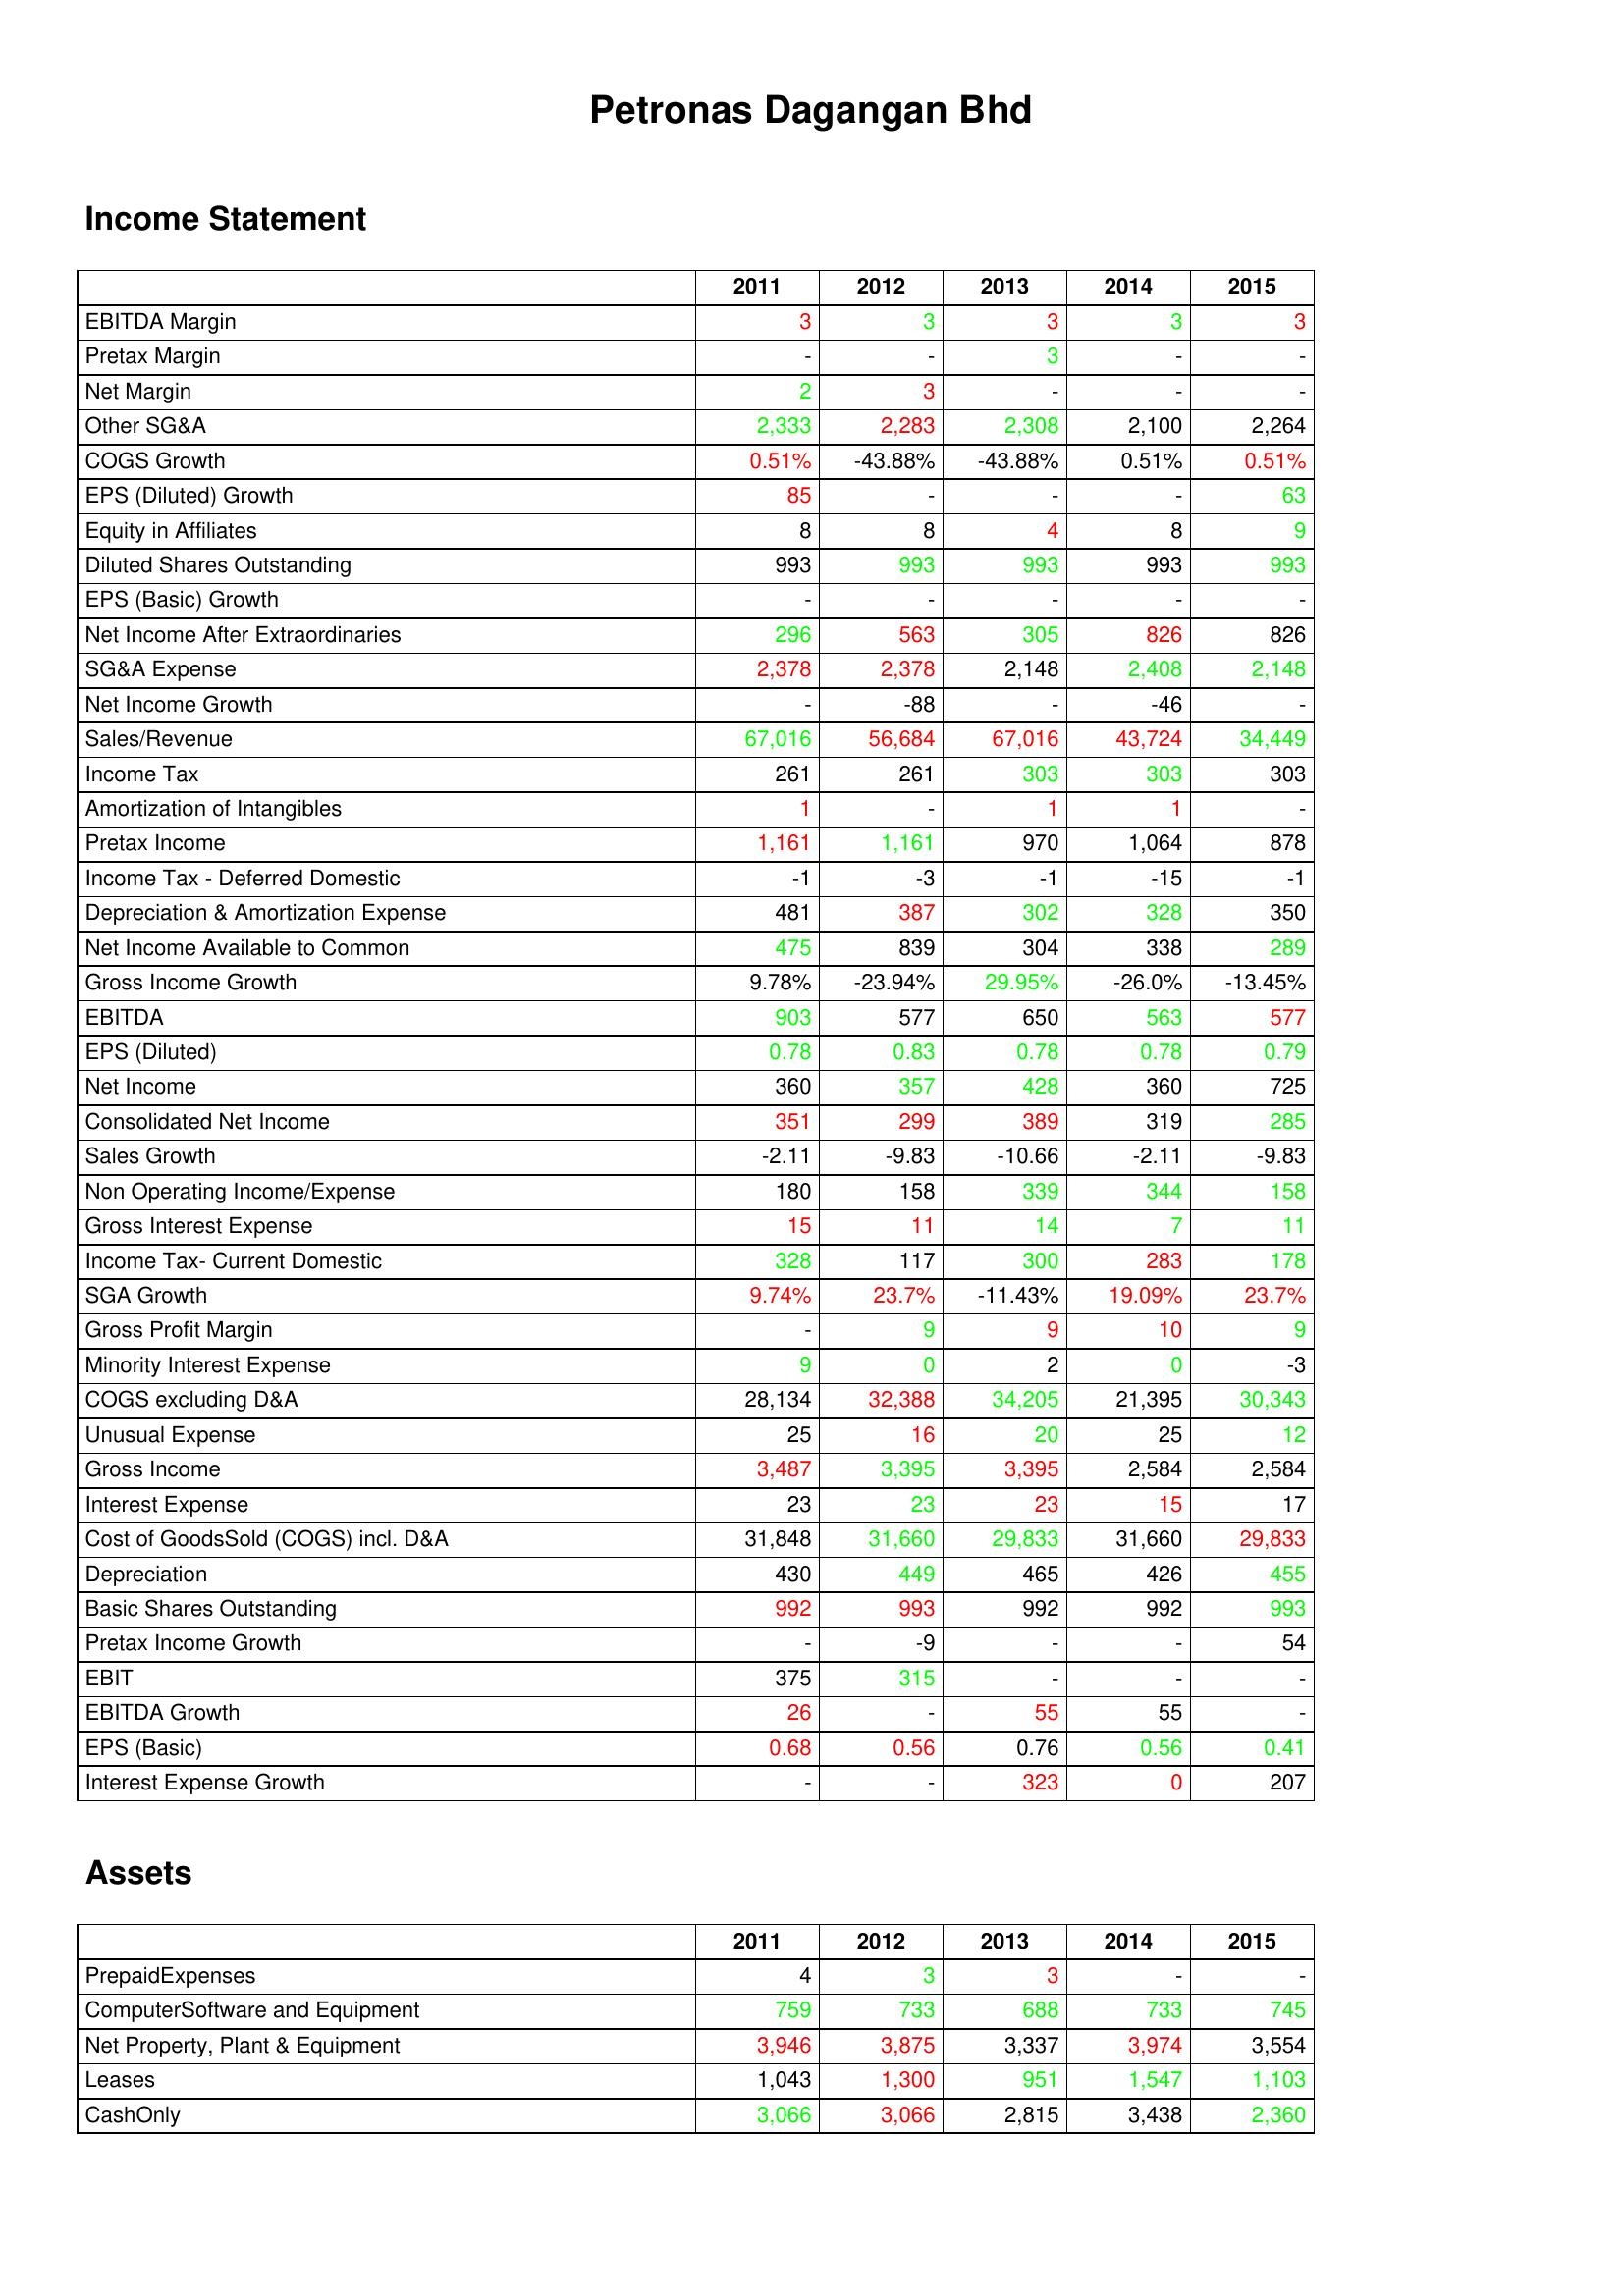
gt_parse: 2011: Income Statement: EBITDA Margin: 3
Pretax Margin: -
Net Margin: 2
Other SG&A: 2,333
COGS Growth: 0.51%
EPS (Diluted) Growth: 85
Equity in Affiliates: 8
Diluted Shares Outstanding: 993
EPS (Basic) Growth: -
Net Income After Extraordinaries: 296
SG&A Expense: 2,378
Net Income Growth: -
Sales/Revenue: 67,016
Income Tax: 261
Amortization of Intangibles: 1
Pretax Income: 1,161
Income Tax - Deferred Domestic: -1
Depreciation & Amortization Expense: 481
Net Income Available to Common: 475
Gross Income Growth: 9.78%
EBITDA: 903
EPS (Diluted): 0.78
Net Income: 360
Consolidated Net Income: 351
Sales Growth: -2.11
Non Operating Income/Expense: 180
Gross Interest Expense: 15
Income Tax- Current Domestic: 328
SGA Growth: 9.74%
Gross Profit Margin: -
Minority Interest Expense: 9
COGS excluding D&A: 28,134
Unusual Expense: 25
Gross Income: 3,487
Interest Expense: 23
Cost of GoodsSold (COGS) incl. D&A: 31,848
Depreciation: 430
Basic Shares Outstanding: 992
Pretax Income Growth: -
EBIT: 375
EBITDA Growth: 26
EPS (Basic): 0.68
Interest Expense Growth: -
Assets: PrepaidExpenses: 4
ComputerSoftware and Equipment: 759
Net Property, Plant & Equipment: 3,946
Leases: 1,043
CashOnly: 3,066
2012: Income Statement: EBITDA Margin: 3
Pretax Margin: -
Net Margin: 3
Other SG&A: 2,283
COGS Growth: -43.88%
EPS (Diluted) Growth: -
Equity in Affiliates: 8
Diluted Shares Outstanding: 993
EPS (Basic) Growth: -
Net Income After Extraordinaries: 563
SG&A Expense: 2,378
Net Income Growth: -88
Sales/Revenue: 56,684
Income Tax: 261
Amortization of Intangibles: -
Pretax Income: 1,161
Income Tax - Deferred Domestic: -3
Depreciation & Amortization Expense: 387
Net Income Available to Common: 839
Gross Income Growth: -23.94%
EBITDA: 577
EPS (Diluted): 0.83
Net Income: 357
Consolidated Net Income: 299
Sales Growth: -9.83
Non Operating Income/Expense: 158
Gross Interest Expense: 11
Income Tax- Current Domestic: 117
SGA Growth: 23.7%
Gross Profit Margin: 9
Minority Interest Expense: 0
COGS excluding D&A: 32,388
Unusual Expense: 16
Gross Income: 3,395
Interest Expense: 23
Cost of GoodsSold (COGS) incl. D&A: 31,660
Depreciation: 449
Basic Shares Outstanding: 993
Pretax Income Growth: -9
EBIT: 315
EBITDA Growth: -
EPS (Basic): 0.56
Interest Expense Growth: -
Assets: PrepaidExpenses: 3
ComputerSoftware and Equipment: 733
Net Property, Plant & Equipment: 3,875
Leases: 1,300
CashOnly: 3,066
2013: Income Statement: EBITDA Margin: 3
Pretax Margin: 3
Net Margin: -
Other SG&A: 2,308
COGS Growth: -43.88%
EPS (Diluted) Growth: -
Equity in Affiliates: 4
Diluted Shares Outstanding: 993
EPS (Basic) Growth: -
Net Income After Extraordinaries: 305
SG&A Expense: 2,148
Net Income Growth: -
Sales/Revenue: 67,016
Income Tax: 303
Amortization of Intangibles: 1
Pretax Income: 970
Income Tax - Deferred Domestic: -1
Depreciation & Amortization Expense: 302
Net Income Available to Common: 304
Gross Income Growth: 29.95%
EBITDA: 650
EPS (Diluted): 0.78
Net Income: 428
Consolidated Net Income: 389
Sales Growth: -10.66
Non Operating Income/Expense: 339
Gross Interest Expense: 14
Income Tax- Current Domestic: 300
SGA Growth: -11.43%
Gross Profit Margin: 9
Minority Interest Expense: 2
COGS excluding D&A: 34,205
Unusual Expense: 20
Gross Income: 3,395
Interest Expense: 23
Cost of GoodsSold (COGS) incl. D&A: 29,833
Depreciation: 465
Basic Shares Outstanding: 992
Pretax Income Growth: -
EBIT: -
EBITDA Growth: 55
EPS (Basic): 0.76
Interest Expense Growth: 323
Assets: PrepaidExpenses: 3
ComputerSoftware and Equipment: 688
Net Property, Plant & Equipment: 3,337
Leases: 951
CashOnly: 2,815
2014: Income Statement: EBITDA Margin: 3
Pretax Margin: -
Net Margin: -
Other SG&A: 2,100
COGS Growth: 0.51%
EPS (Diluted) Growth: -
Equity in Affiliates: 8
Diluted Shares Outstanding: 993
EPS (Basic) Growth: -
Net Income After Extraordinaries: 826
SG&A Expense: 2,408
Net Income Growth: -46
Sales/Revenue: 43,724
Income Tax: 303
Amortization of Intangibles: 1
Pretax Income: 1,064
Income Tax - Deferred Domestic: -15
Depreciation & Amortization Expense: 328
Net Income Available to Common: 338
Gross Income Growth: -26.0%
EBITDA: 563
EPS (Diluted): 0.78
Net Income: 360
Consolidated Net Income: 319
Sales Growth: -2.11
Non Operating Income/Expense: 344
Gross Interest Expense: 7
Income Tax- Current Domestic: 283
SGA Growth: 19.09%
Gross Profit Margin: 10
Minority Interest Expense: 0
COGS excluding D&A: 21,395
Unusual Expense: 25
Gross Income: 2,584
Interest Expense: 15
Cost of GoodsSold (COGS) incl. D&A: 31,660
Depreciation: 426
Basic Shares Outstanding: 992
Pretax Income Growth: -
EBIT: -
EBITDA Growth: 55
EPS (Basic): 0.56
Interest Expense Growth: 0
Assets: PrepaidExpenses: -
ComputerSoftware and Equipment: 733
Net Property, Plant & Equipment: 3,974
Leases: 1,547
CashOnly: 3,438
2015: Income Statement: EBITDA Margin: 3
Pretax Margin: -
Net Margin: -
Other SG&A: 2,264
COGS Growth: 0.51%
EPS (Diluted) Growth: 63
Equity in Affiliates: 9
Diluted Shares Outstanding: 993
EPS (Basic) Growth: -
Net Income After Extraordinaries: 826
SG&A Expense: 2,148
Net Income Growth: -
Sales/Revenue: 34,449
Income Tax: 303
Amortization of Intangibles: -
Pretax Income: 878
Income Tax - Deferred Domestic: -1
Depreciation & Amortization Expense: 350
Net Income Available to Common: 289
Gross Income Growth: -13.45%
EBITDA: 577
EPS (Diluted): 0.79
Net Income: 725
Consolidated Net Income: 285
Sales Growth: -9.83
Non Operating Income/Expense: 158
Gross Interest Expense: 11
Income Tax- Current Domestic: 178
SGA Growth: 23.7%
Gross Profit Margin: 9
Minority Interest Expense: -3
COGS excluding D&A: 30,343
Unusual Expense: 12
Gross Income: 2,584
Interest Expense: 17
Cost of GoodsSold (COGS) incl. D&A: 29,833
Depreciation: 455
Basic Shares Outstanding: 993
Pretax Income Growth: 54
EBIT: -
EBITDA Growth: -
EPS (Basic): 0.41
Interest Expense Growth: 207
Assets: PrepaidExpenses: -
ComputerSoftware and Equipment: 745
Net Property, Plant & Equipment: 3,554
Leases: 1,103
CashOnly: 2,360